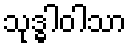
သုဒ္ဓါဝါသာ